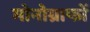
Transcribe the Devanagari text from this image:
मोनोग्राफों